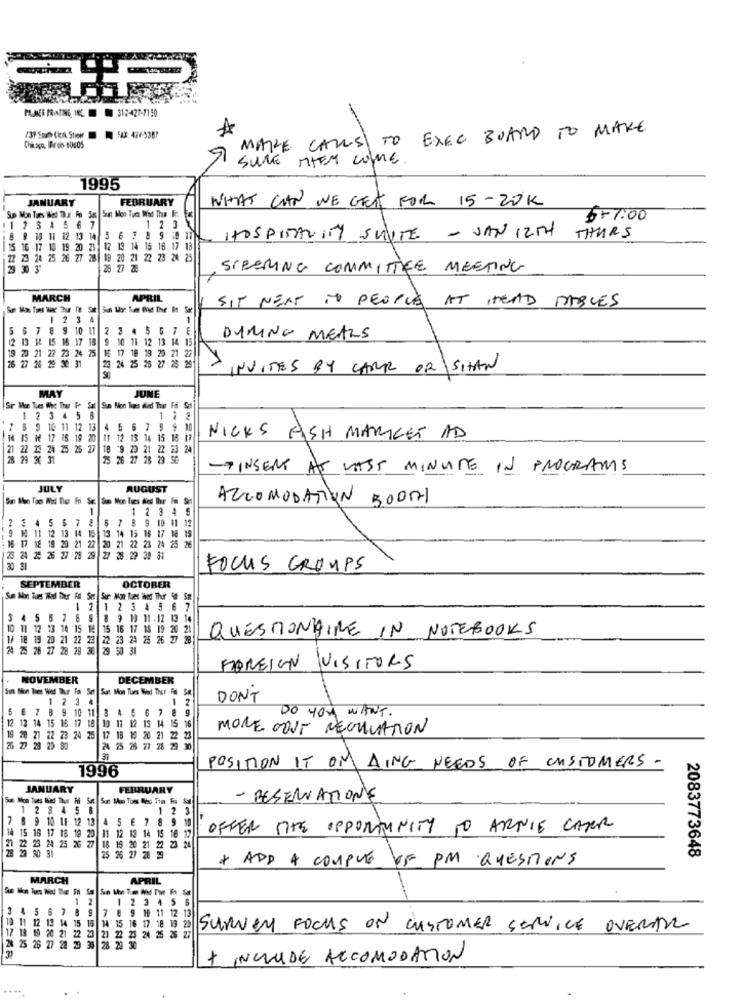
PLUMES FRATES, INC. $12-427-7150
MAKE CALLS TO EXEC BOARD TO MAKE
SURE MIEM COME
1995
JANUARY
FEBRUARY
WHAT CAN WE GET FOR 15-20K
4 5 6 7
$77:00
1 2 31
HOSPITALITY SUITE - JAN 12TH
THURS
11 12 13 14
5 6 7 8 9 : 174
15
2 19 14 15 16 17 13
23 14 75 26 7
19 20 21 22 23 24 2
25 27 28
STEERING COMMITTEE MEETING
MARCH
APRIL
SIT NEXT TO PEOPLE AT HEAD TABLES
1 23 4
5 6 7 8 9 10 11 2 2 4 5 6 7 E
12 13 12 15 16 17 18 9 10 11 12 13 14 15
DURING MEALS
19 20 21 22 23 24 75 16 17 18 19 20 21 22
16 27 28 29 30 31
24 25 28 27 28 2
INVITES BY CARE OR SHAN
MAY
JUNE
Sr Mon Tues Whe Ther F Sal Sun Mon Tues dled Thar Ffi Sal
1 2 3 4 5 8
-
7 8 9 10 11 12 13 4 5 6 7 9 9 10
2 16 19 2
11 12 13 14 15 181
NICKS FISH MARKET AD
18 9 29 21 22 23
28 29 30 31
27 28 29
-TINSERT AT LAST MINUTE IN PROGRAMS
JULY
AUGUST
AZCOMODATION 500Al
1
1 2 3 45
2
$ 4 5 6 7 2 6 7 8 9 10 11 12
9 10 11 12 13 14
513 14 15 16 17 38 19
2
1 22 23 24 25
24 25 26 27 28 29 27 28 29 39 31
FOCUS GROUPS
SEPTEMBER
OCTOBER
Sa Mon Tues Wad Ther Ad Ser Sur Mon Tues ives Thur # Sm
2 1 2 3 4 5 6 7
3 4 5 6 7 8 9 8 9 19 11 .12 13 1
10 1
10 11 12 13 14 15 16 15 16 17 18 19 20 21
QUESTIONAIRE IN NOTEBOOKS
18 19 2
21 1
23 22 23 24 25 26 27
24 25 28 27 28 79 36 29 50 31
FOREIGN VISITORS
NOVEMBER
DECEMBER
1 2 3 4
DON'T
5 6 7 8 9 10 11 3 4 5 6 7 8 9
DO YOU WANT.
12 12 14 15 16 17 18 10 11 12 13 14 15 16
MORE DOUT RECHVATION
19 20 21 22 23 24 25 17 18 10 20 21 22 23
26 Z7 28 29 90
24 25 26 27 28 29 30
1996
POSITION IT OM AING NEEDS OF CUSTOMERS -
JANUARY
FEBRUARY
- RESERVATIONE
1 23456
1 2
-
7 8 9 10 11 12 13 4 5 6 7 8 9 10
OFFER THE OPPORTUNITY TO ARNIE CARER
121 22
14 15 16 17 18 19 20 11 12 13 14 15 16 17
28 20 30 31
6 24 25 26 27 18 1
20 21 22 23
25 26 27 28 29
* ADD A COUPLE OF PM QUESTIONS
2083773648
MARCH
APRIL
1 2
123 456
7 8 9 19 11 12 1
19 11 12 13 14 15 15 14 15 16 17 18 19 20
4 15 16 17 18 19 2
27
Survey FOCUS ON CUSTOMER SERVICE OVERAL
17 18 19 20 21 22 20 21 22
3 21
25 24 25 282
1 36 28 29 30
+ INCLUDE ACCOMODATION
.....